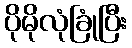
ပိုမိုလုံခြုံပြီး